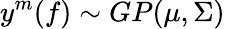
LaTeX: y^{m}(f)\sim GP(\mu,\Sigma)